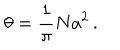
LaTeX: \theta = \frac { 1 } { \pi } N a ^ { 2 } \, .